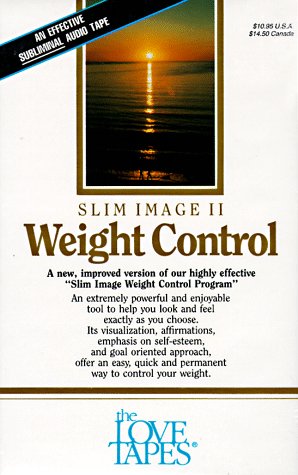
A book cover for Slim Image II/Weight Control (The Love Tapes); Robert Griswold; Health, Fitness & Dieting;